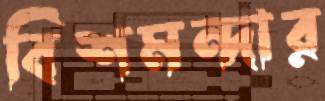
বিশমন্দার